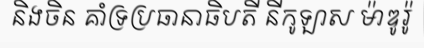
និងចិន គាំទ្រប្រធានាធិបតី នីកូឡាស ម៉ាឌូរ៉ូ